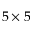
5 \times 5